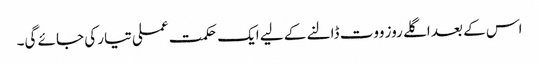
اس کے بعد اگلے روز ووت ڈالنے کے لیے ایک حکمت عملی تیار کی جائے گی۔